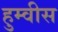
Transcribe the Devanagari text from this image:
हुम्वीस